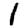
Digit: 1